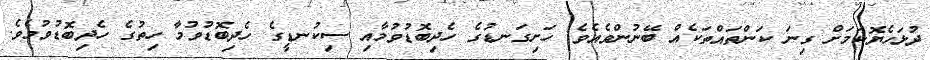
ދުޅަހެޔޮކަމަށް ގިނަ ކަންތައްތަކެއް ބޭނުންވެއެވެ. ހަށިގަނޑުގެ ހެދިބޮޑުވުމާއި ސިކުނޑީގެ ހެދިބޮޑުވުމާ ހިތުގެ ހެދިބޮޑުވުމެވެ.